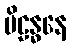
ပိဠန္ဓနေ